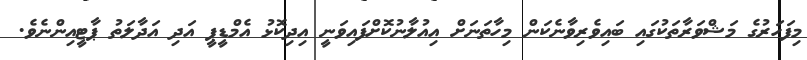
މިފަހަރުގެ މަޝްވަރާތަކުގައި ބައިވެރިވާނެކަން މިހާތަނަށް އިއުލާނުކޮށްފައިވަނީ އިދިކޮޅު އެމްޑީޕީ އަދި އަދާލަތު ޕާޓީއިންނެވެ.